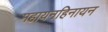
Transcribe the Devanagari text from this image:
महायनहिनायन